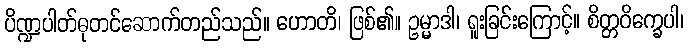
ပိဏ္ဍပါတ်ဓုတင်ဆောက်တည်သည်။ ဟောတိ၊ ဖြစ်၏။ ဥမ္မာဒါ၊ ရူးခြင်းကြောင့်။ စိတ္တဝိက္ခေပါ၊